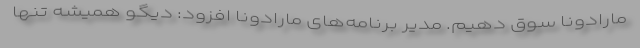
مارادونا سوق دهیم. مدیر برنامه‌های مارادونا افزود: دیگو همیشه تنها